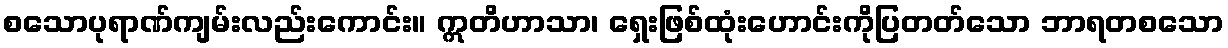
စသောပုရာဏ်ကျမ်းလည်းကောင်း။ ဣတိဟာသာ၊ ရှေးဖြစ်ထုံးဟောင်းကိုပြတတ်သော ဘာရတစသော